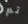
تم